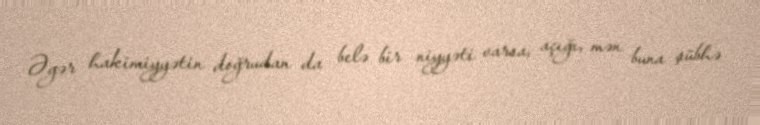
Əgər hakimiyyətin doğrudan da belə bir niyyəti varsa, açığı, mən buna şübhə